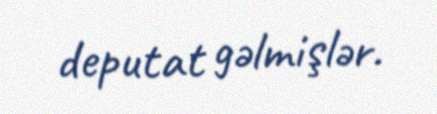
deputat gəlmişlər.